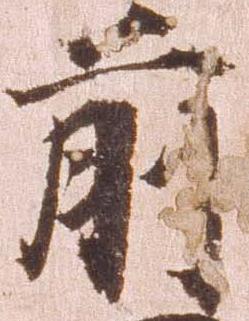
前